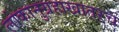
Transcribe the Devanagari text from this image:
लोकानुग्रहाखातरच